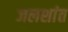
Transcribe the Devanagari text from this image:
जलशांत